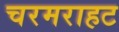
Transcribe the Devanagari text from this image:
चरमराहट